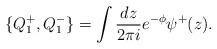
LaTeX: \begin{align*}\{ Q^{+}_{1}, Q^{-}_{1}\}=\int {dz\over 2\pi i}e^{-\phi}\psi^{+}(z).\end{align*}